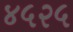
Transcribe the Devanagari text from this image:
४५२५